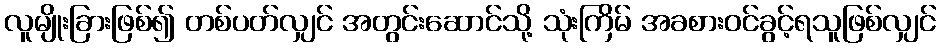
လူမျိုးခြားဖြစ်၍ တစ်ပတ်လျှင် အတွင်းဆောင်သို့ သုံးကြိမ် အခစားဝင်ခွင့်ရသူဖြစ်လျှင်